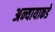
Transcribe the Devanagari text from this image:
अन्यायाकडे